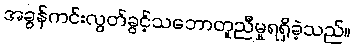
အခွန်ကင်းလွတ်ခွင့်သဘောတူညီမှုရရှိခဲ့သည်။